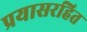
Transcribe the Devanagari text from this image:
प्रयासरहित